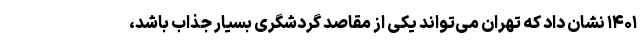
۱۴۰۱ نشان‌ داد که تهران می‌تواند یکی از مقاصد گردشگری بسیار جذاب باشد،